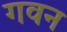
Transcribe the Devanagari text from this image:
गवन